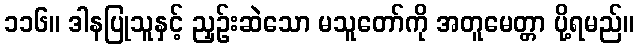
၁၁၆။ ဒါနပြုသူနှင့် ညှဉ်းဆဲသော မသူတော်ကို အတူမေတ္တာ ပို့ရမည်။